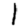
Digit: 1